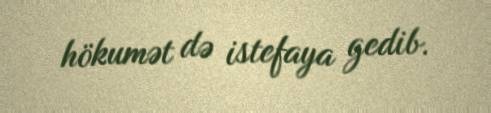
hökumət də istefaya gedib.